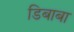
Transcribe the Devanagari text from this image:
डिबाबा